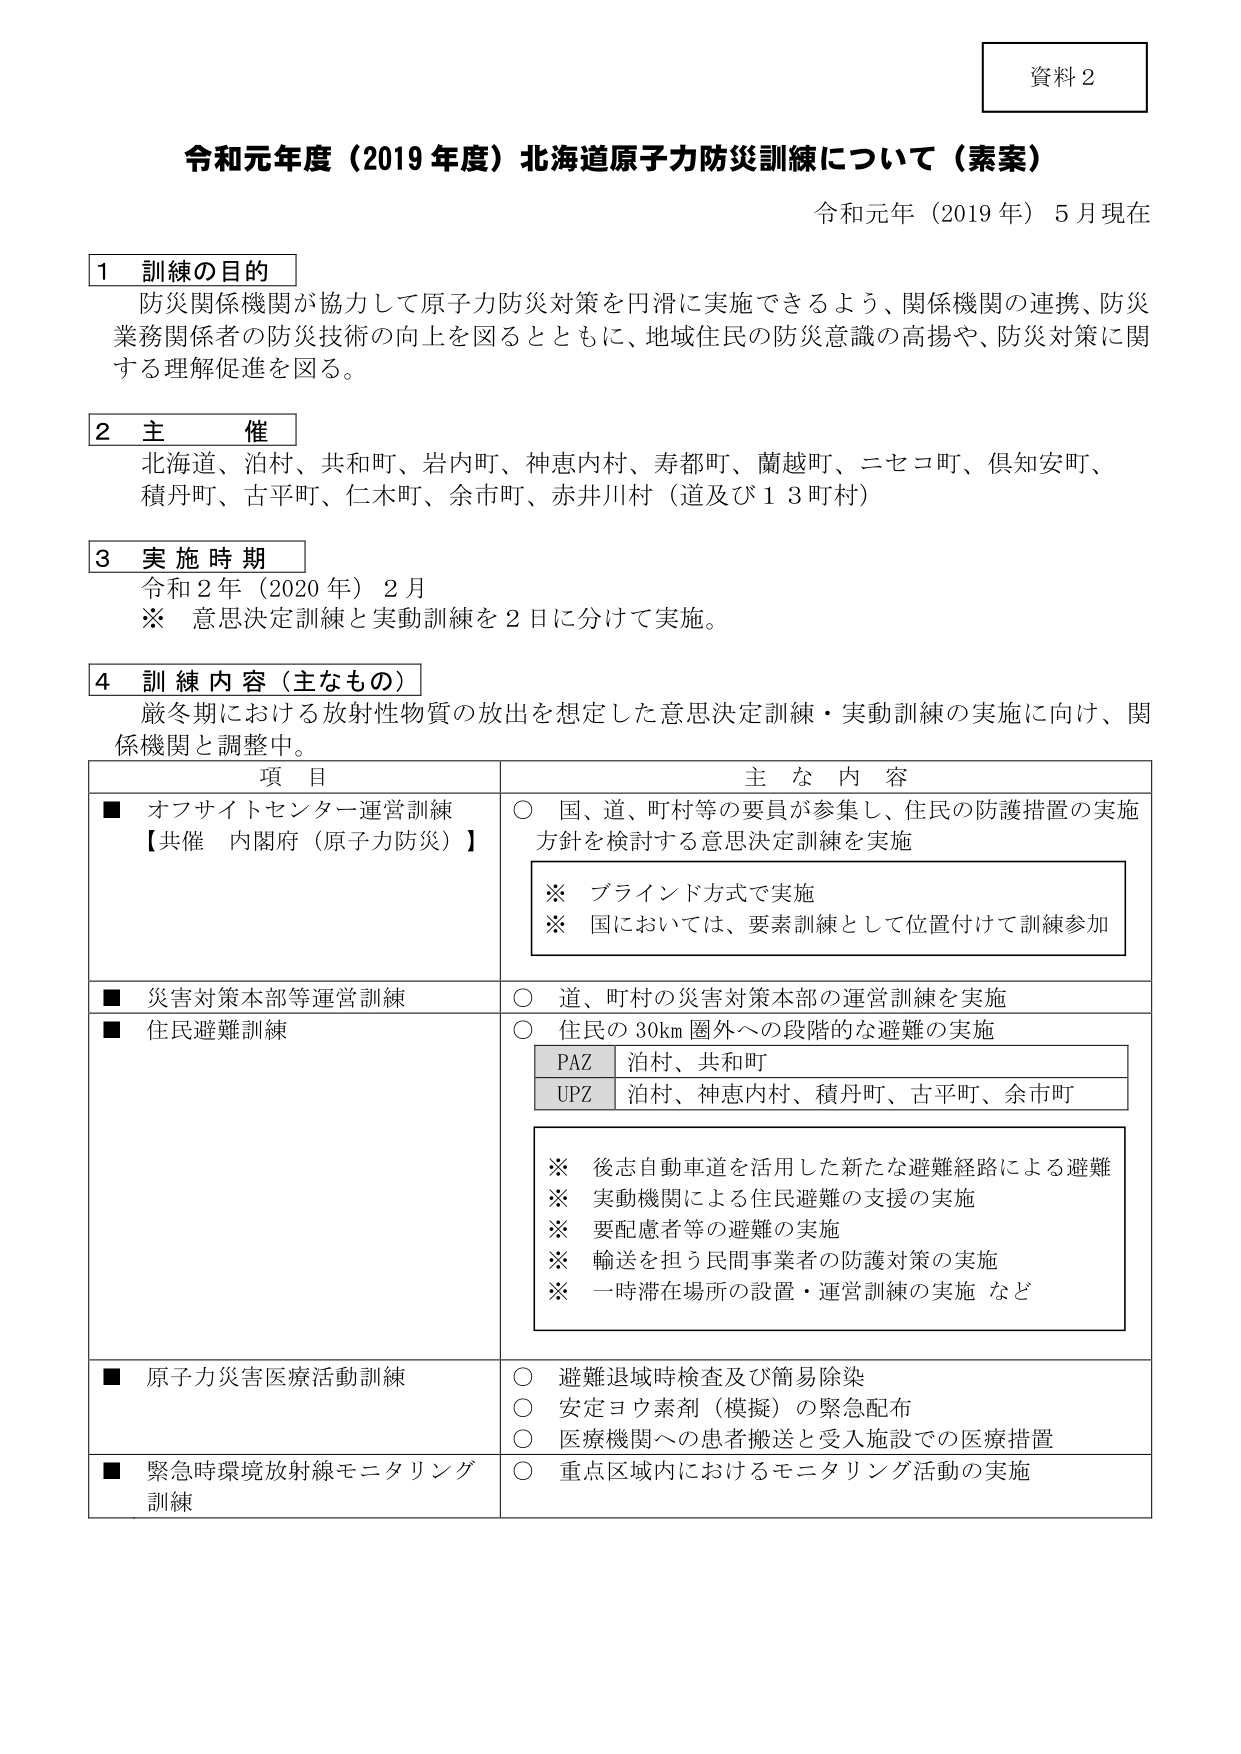
資料２

令和元年度（2019 年度）北海道原子力防災訓練について（素案）
令和元年（2019 年）5 月現在

1 訓練の目的
防災関係機関が協力して原子力防災対策を円滑に実施できるよう、関係機関の連携、防災
業務関係者の防災技術の向上を図るとともに、地域住民の防災意識の高揚や、防災対策に関
する理解促進を図る。

2 主 催
北海道、泊村、共和町、岩内町、神恵内村、寿都町、蘭越町、ニセコ町、倶知安町、
積丹町、古平町、仁木町、余市町、赤井川村（道及び１３町村）

3 実施時期
令和２年（2020 年）2 月
※ 意思決定訓練と実動訓練を２日に分けて実施。

4 訓練内容（主なもの）
厳冬期における放射性物質の放出を想定した意思決定訓練・実動訓練の実施に向け、関
係機関と調整中。

項 目 主 な 内 容
■ オフサイトセンター運営訓練
【共催 内閣府（原子力防災）】
○ 国、道、町村等の要員が参集し、住民の防護措置の実施
方針を検討する意思決定訓練を実施
※ ブラインド方式で実施
※ 国においては、要素訓練として位置付けて訓練参加

■ 災害対策本部等運営訓練
○ 道、町村の災害対策本部の運営訓練を実施

■ 住民避難訓練
○ 住民の30km 圏外への段階的な避難の実施
PAZ 泊村、共和町
UPZ 泊村、神恵内村、積丹町、古平町、余市町
※ 後志自動車道を活用した新たな避難経路による避難
※ 実動機関による住民避難の支援の実施
※ 要配慮者等の避難の実施
※ 輸送を担う民間事業者の防護対策の実施
※ 一時滞在場所の設置・運営訓練の実施 など

■ 原子力災害医療活動訓練
○ 避難退域時検査及び簡易除染
○ 安定ヨウ素剤（模擬）の緊急配布
○ 医療機関への患者搬送と受入施設での医療措置

■ 緊急時環境放射線モニタリング
訓練
○ 重点区域内におけるモニタリング活動の実施